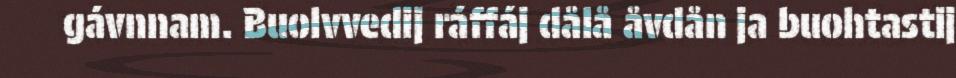
gávnnam. Buolvvedij ráffáj dålå åvdån ja buohtastij